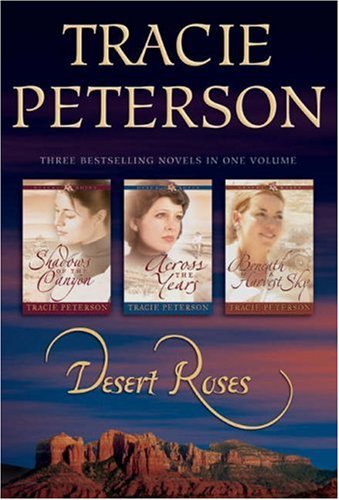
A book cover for Desert Roses, 3-in-1; Tracie Peterson; Religion & Spirituality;